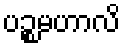
ပဉ္စမဟာလိ